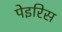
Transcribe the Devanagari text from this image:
पेइरिस